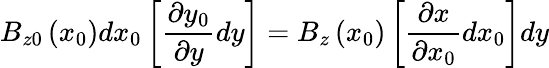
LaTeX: B_{z0}\left(x_{0}\right)dx_{0}\left[\frac{\partial y_{0}}{\partial y}dy\right]=B_{z}\left(x_{0}\right)\left[\frac{\partial x}{\partial x_{0}}dx_{0}\right]dy